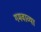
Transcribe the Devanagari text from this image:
गमवाव्या